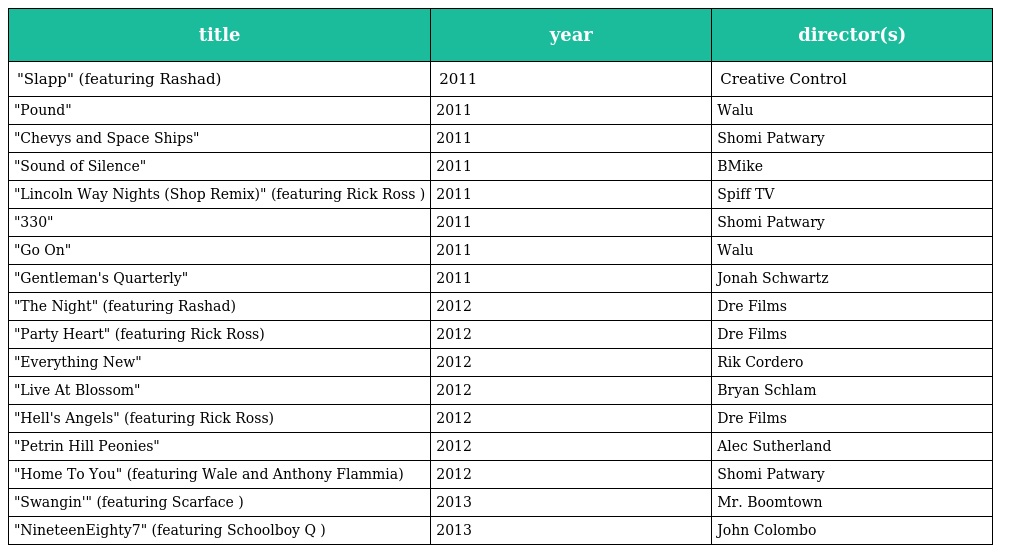
| title | year | director(s) |
 | --- | --- | --- |
 | "Slapp" (featuring Rashad) | 2011 | Creative Control |
 | "Pound" | 2011 | Walu |
 | "Chevys and Space Ships" | 2011 | Shomi Patwary |
 | "Sound of Silence" | 2011 | BMike |
 | "Lincoln Way Nights (Shop Remix)" (featuring Rick Ross ) | 2011 | Spiff TV |
 | "330" | 2011 | Shomi Patwary |
 | "Go On" | 2011 | Walu |
 | "Gentleman's Quarterly" | 2011 | Jonah Schwartz |
 | "The Night" (featuring Rashad) | 2012 | Dre Films |
 | "Party Heart" (featuring Rick Ross) | 2012 | Dre Films |
 | "Everything New" | 2012 | Rik Cordero |
 | "Live At Blossom" | 2012 | Bryan Schlam |
 | "Hell's Angels" (featuring Rick Ross) | 2012 | Dre Films |
 | "Petrin Hill Peonies" | 2012 | Alec Sutherland |
 | "Home To You" (featuring Wale and Anthony Flammia) | 2012 | Shomi Patwary |
 | "Swangin'" (featuring Scarface ) | 2013 | Mr. Boomtown |
 | "NineteenEighty7" (featuring Schoolboy Q ) | 2013 | John Colombo |